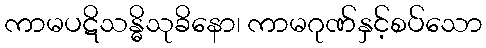
ကာမပဋိသန္ဓိသုခိနော၊ ကာမဂုဏ်နှင့်စပ်သော